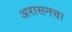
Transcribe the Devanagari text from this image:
अरासनचा